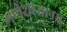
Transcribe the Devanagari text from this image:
गणेशध्यानम्